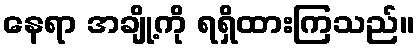
နေရာ အချို့ကို ရရှိထားကြသည်။